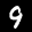
Label: 9